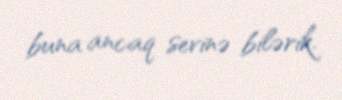
buna ancaq sevinə bilərik.